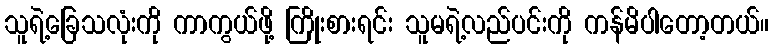
သူရဲ့ခြေသလုံးကို ကာကွယ်ဖို့ ကြိုးစားရင်း သူမရဲ့လည်ပင်းကို ကန်မိပါတော့တယ်။